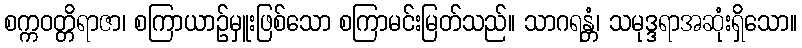
စက္ကဝတ္တိရာဇာ၊ စကြာယာဉ်မှူးဖြစ်သော စကြာမင်းမြတ်သည်။ သာဂရန္တံ၊ သမုဒ္ဒရာအဆုံးရှိသော။